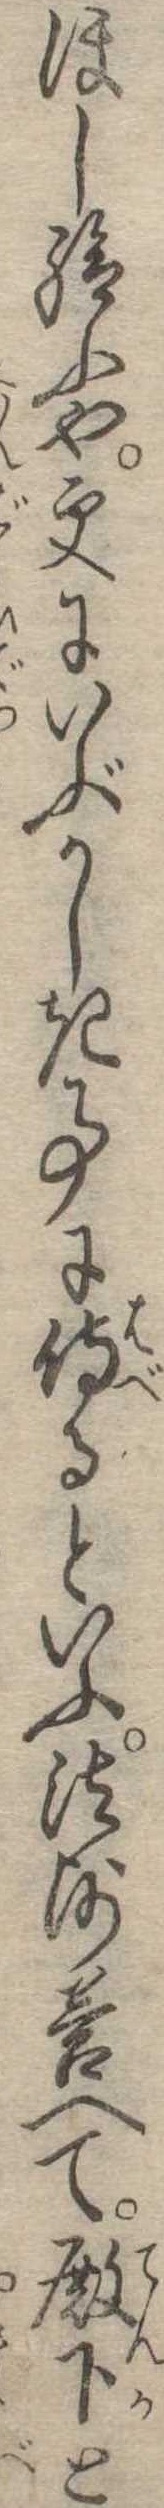
ほし給ふや更にいぶかしき事に侍るといふ法師答へて殿下と